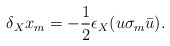
\begin{align*}\delta_{X}x_{m}=-\frac12\epsilon_{X}(u\sigma_m\bar u).\end{align*}